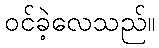
ဝင်ခဲ့လေသည်။